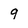
Character: q